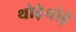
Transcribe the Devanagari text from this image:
थोडे़थोड़े